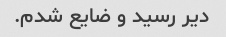
دیر رسید و ضایع شدم.